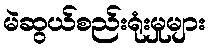
မဲဆွယ်စည်းရုံးမှုများ